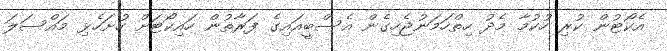
އެކޯޓުން ކުރި ހުކުމާ މެދު ހިތްހަމަނުޖެހިގެން އެސްބީއައިގެ ފަރާތުން ހައިކޯޓަށް ހުށަހެޅި މައްސަލަ